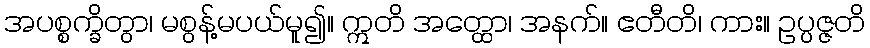
အပစ္စက္ခိတွာ၊ မစွန့်မပယ်မူ၍။ ဣတိ အတ္ထော၊ အနက်။ ဧတီတိ၊ ကား။ ဥပ္ပဇ္ဇတိ